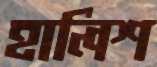
হালিশ